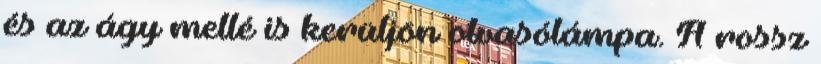
és az ágy mellé is kerüljön olvasólámpa. A rossz